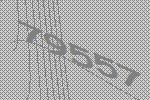
79557